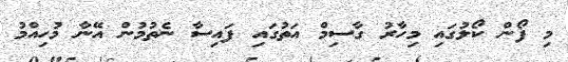
މި ފޯން ކޯލުގައި މިހާރު ގާސިމް އަތުގައި ފައިސާ ނެތުމުން އޭނާ މުހިއްމު